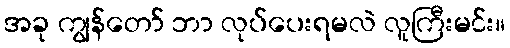
အခု ကျွန်တော် ဘာ လုပ်ပေးရမလဲ လူကြီးမင်း။